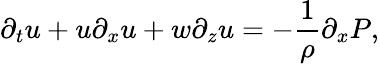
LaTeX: \partial_{t}u+u\partial_{x}u+w\partial_{z}u=-\frac{1}{\rho}\partial_{x}P,